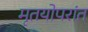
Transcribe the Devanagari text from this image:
मृतयोपरांत